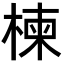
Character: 楝